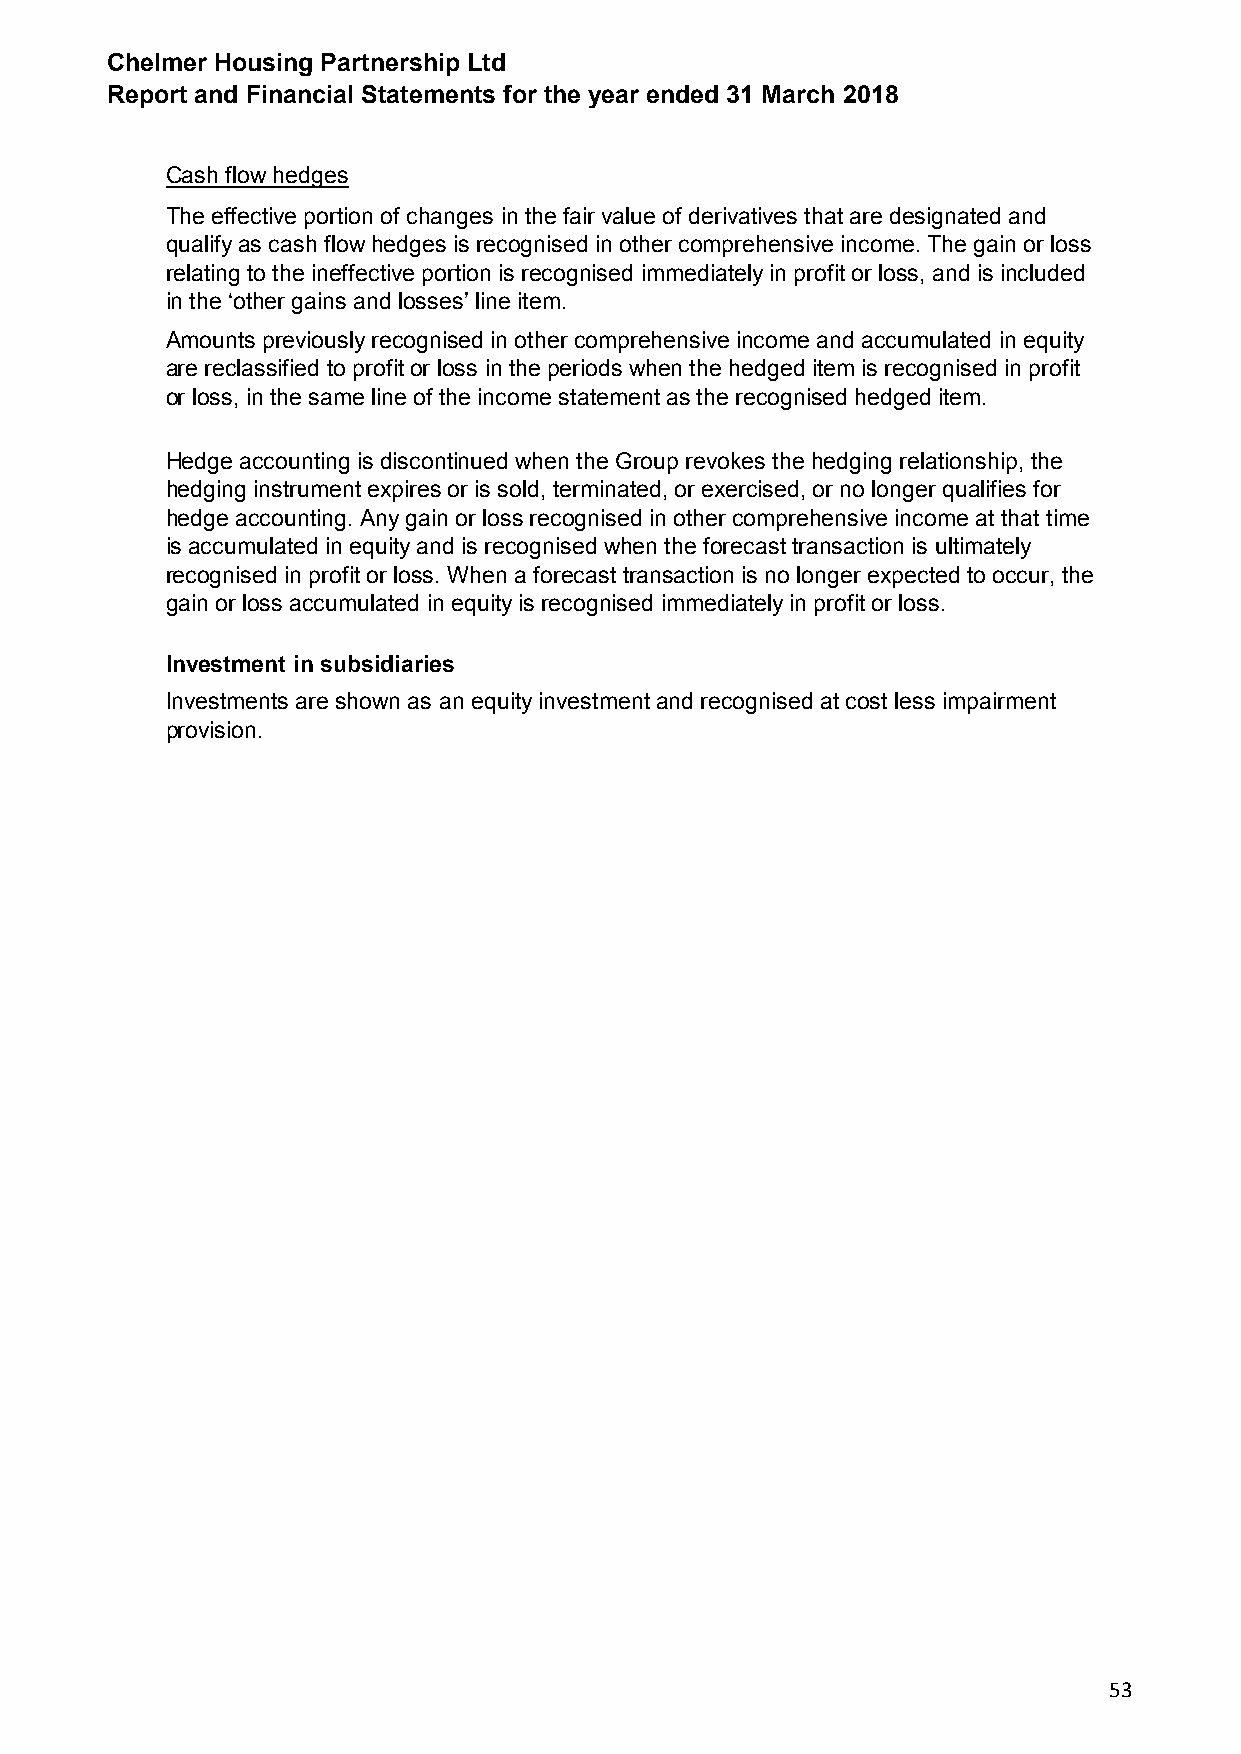
Chelmer Housing Partnership Ltd
 Report and Financial Statements for the year ended 31 March 2018
 Cash flow hedges
 The effective portion of changes in the fair value of derivatives that are designated and
 qualify as cash flow hedges is recognised in other comprehensive income. The gain or loss
 relating to the ineffective portion is recognised immediately in profit or loss, and is included
 in the ‘other gains and losses’ line item.
 Amounts previously recognised in other comprehensive income and accumulated in equity
 are reclassified to profit or loss in the periods when the hedged item is recognised in profit
 or loss, in the same line of the income statement as the recognised hedged item.
 Hedge accounting is discontinued when the Group revokes the hedging relationship, the
 hedging instrument expires or is sold, terminated, or exercised, or no longer qualifies for
 hedge accounting. Any gain or loss recognised in other comprehensive income at that time
 is accumulated in equity and is recognised when the forecast transaction is ultimately
 recognised in profit or loss. When a forecast transaction is no longer expected to occur, the
 gain or loss accumulated in equity is recognised immediately in profit or loss.
 Investment in subsidiaries
 Investments are shown as an equity investment and recognised at cost less impairment
 provision.
 53